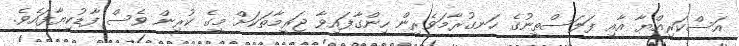
އަސްކަރިއްޔާ އާއި ފަލަސްތީނުގެ ހަނގުރާމަވެރިން ހިންގާފައިވާ ޖަރީމާތަކަށް މީގެ ކުރިން ވެސް ފާޑުކިޔާފައެވެ.